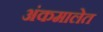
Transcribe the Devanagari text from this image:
अंकमालेत